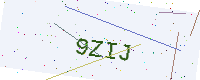
Text: 9ZIJ